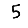
Digit: 5